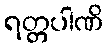
ရတ္တပါဏိ